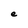
Character: e